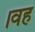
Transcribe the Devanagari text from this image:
।वह